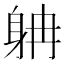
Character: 𨈭